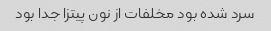
سرد شده بود مخلفات از نون پیتزا جدا بود